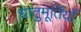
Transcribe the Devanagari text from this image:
धातुमूर्तियाँ